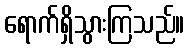
ရောက်ရှိသွားကြသည်။